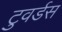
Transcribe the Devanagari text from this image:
टुवर्डस